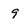
Character: 9